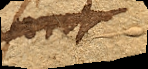
sint